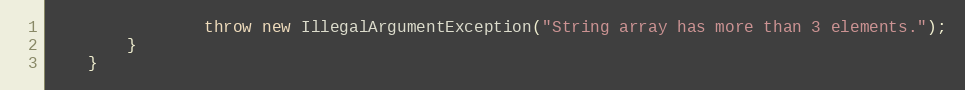
Language: Java
                throw new IllegalArgumentException("String array has more than 3 elements.");
        }
    }